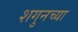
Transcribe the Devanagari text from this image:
शगुनच्या